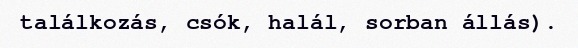
találkozás, csók, halál, sorban állás).